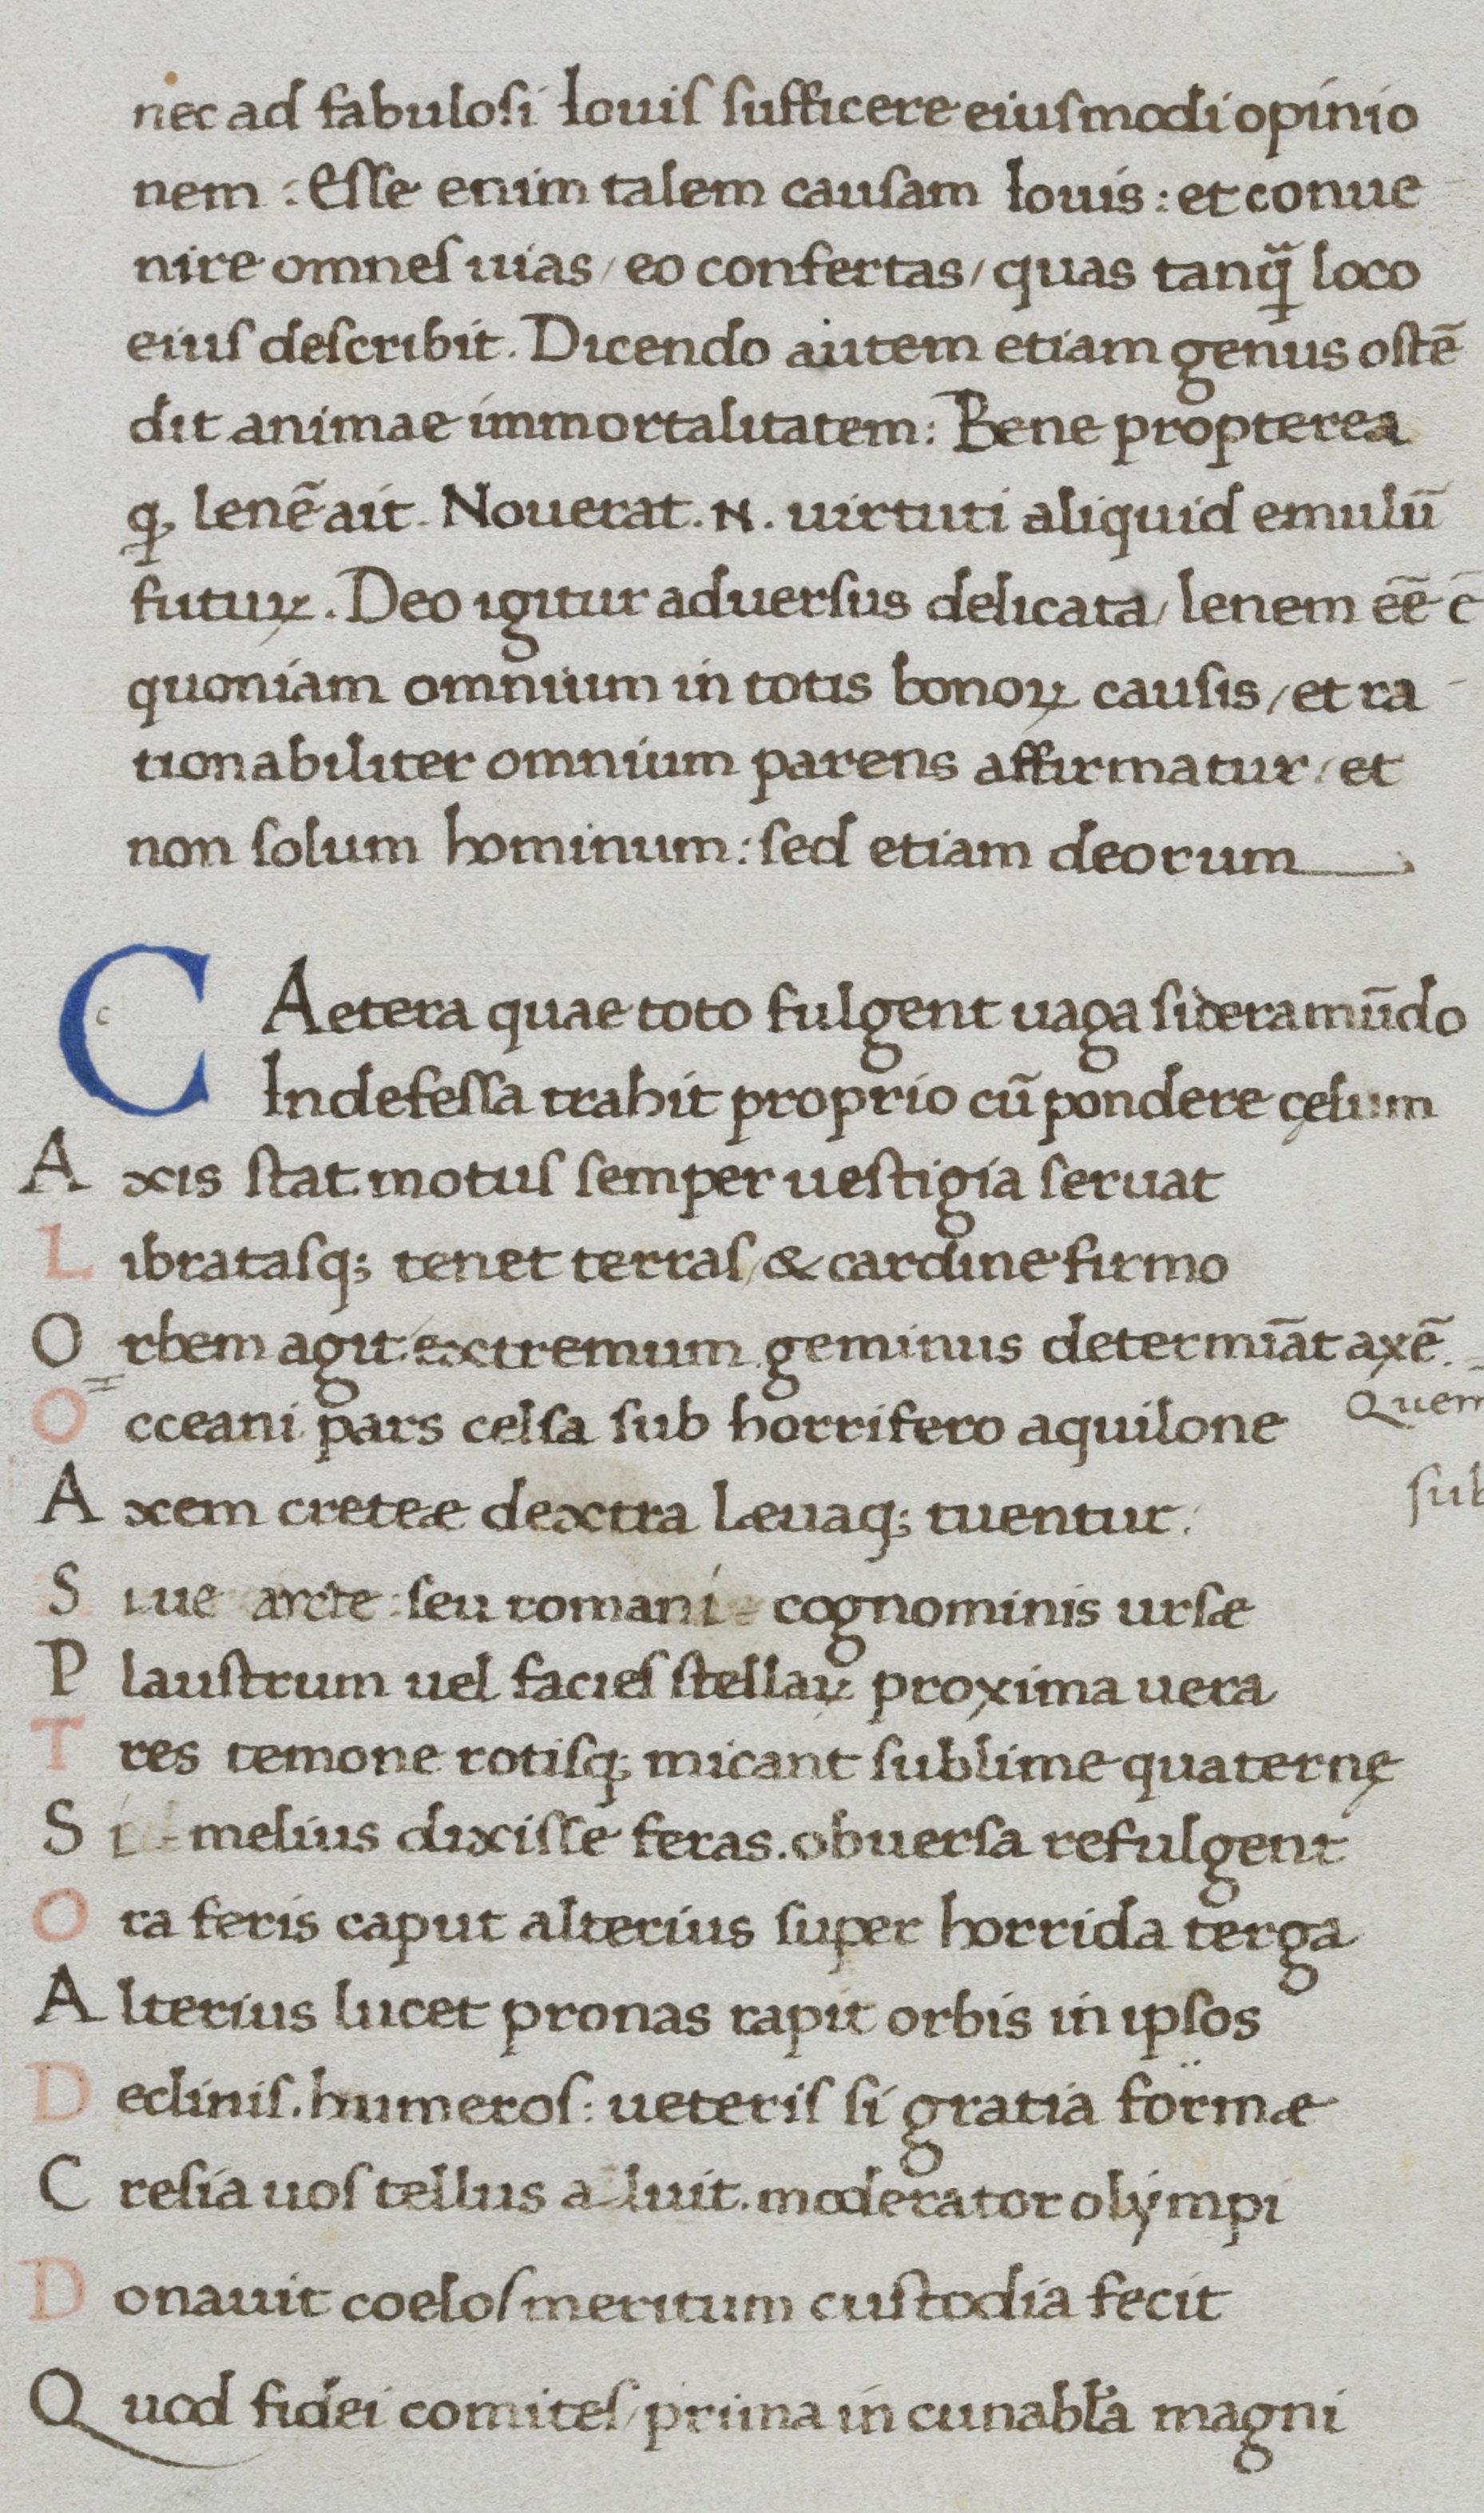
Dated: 1400–1499